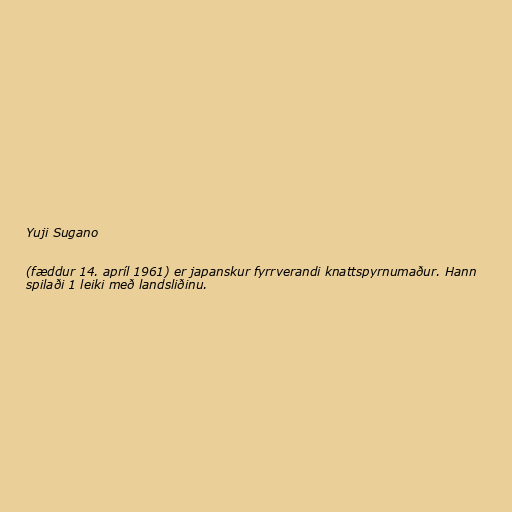
Yuji Sugano

(fæddur 14. apríl 1961) er japanskur fyrrverandi knattspyrnumaður. Hann
spilaði 1 leiki með landsliðinu.